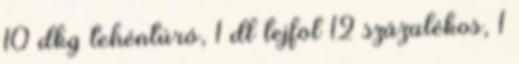
10 dkg tehéntúró, 1 dl tejföl 12 százalékos, 1